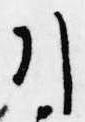
引